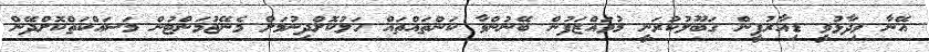
އޭނާ ވިދާޅުވީ ޑިއާރުޕީން ގަބޫލުކުރަނީ މުވައްޒަފުން ބޭނުންވާ ކަންތައްތައް ހަލުކޮށްދިނުމަށް މެނޭޖުމަންޓުން މަސައްކަތްކޮށްދޭން